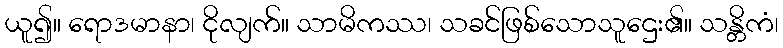
ယူ၍။ ရောဒမာနာ၊ ငိုလျက်။ သာမိကဿ၊ သခင်ဖြစ်သောသူဌေး၏။ သန္တိကံ၊